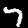
Digit: 7